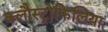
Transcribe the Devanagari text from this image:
क्लौस्ट्रोफिलिया